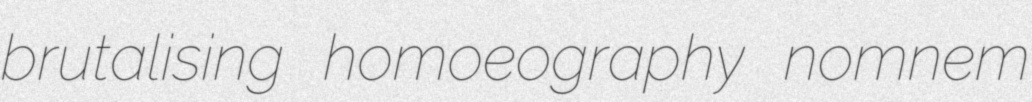
brutalising homoeography nomnem